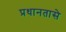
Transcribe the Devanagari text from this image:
प्रधानतासे